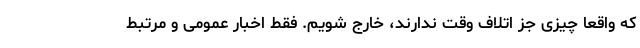
که واقعاً چیزی جز اتلاف وقت ندارند، خارج شویم. فقط اخبار عمومی و مرتبط